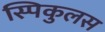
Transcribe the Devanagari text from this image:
स्पिकुलस